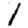
Digit: 1